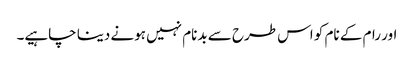
اور رام کے نام کو اس طرح سے بدنام نہیں ہونے دینا چاہیے۔